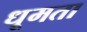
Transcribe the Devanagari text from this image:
धूमता